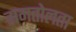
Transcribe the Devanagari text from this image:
समतोलता